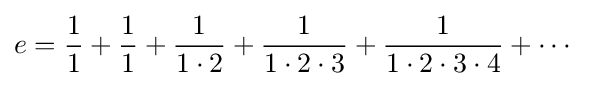
e={\frac {1}{1}}+{\frac {1}{1}}+{\frac {1}{1\cdot 2}}+{\frac {1}{1\cdot 2\cdot 3}}+{\frac {1}{1\cdot 2\cdot 3\cdot 4}}+\cdots